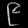
Digit: ၉